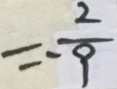
= - \frac { 2 } { 9 }